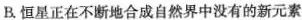
B.恒星正在不断地合成自然界中没有的新元素